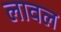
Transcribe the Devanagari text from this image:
लावल